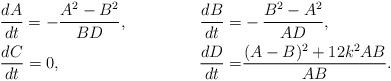
LaTeX: \begin{align*}&\frac{dA}{dt} =-\frac{A^{2}-B^{2}}{BD}, &\frac{dB}{dt} =&-\frac{B^{2}-A^{2}}{AD}, \\&\frac{dC}{dt} =0, &\frac{dD}{dt} =&\frac{(A-B)^{2}+12k^{2}AB}{AB}.\end{align*}